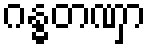
ဂန္ဓတဏှာ